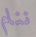
ننام